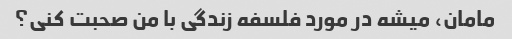
مامان، میشه در مورد فلسفه زندگی با من صحبت کنی؟